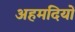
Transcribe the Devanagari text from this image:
अहमदियों